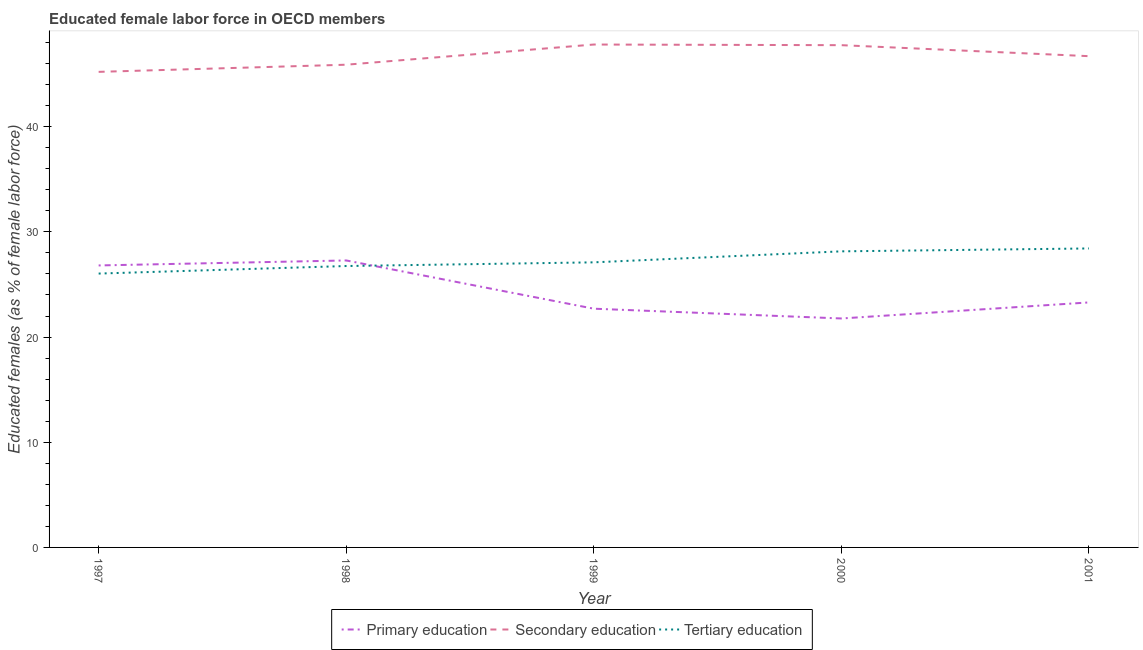
| Year | Primary education | Secondary education | Tertiary education |
 | --- | --- | --- | --- |
 | 1997 | 26.8 | 45.2 | 26 |
 | 1998 | 27.3 | 45.9 | 26.8 |
 | 1999 | 22.7 | 47.8 | 27.1 |
 | 2000 | 21.8 | 47.7 | 28.1 |
 | 2001 | 23.3 | 46.7 | 28.4 |